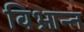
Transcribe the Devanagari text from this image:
विभ्रान्त